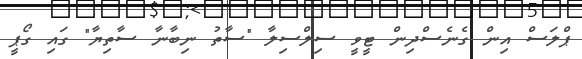
ޕްލަސް އިން ގެނެސްދިން ޓީވީ ސިލްސިލާ "ސާތު ނިބާނާ ސާތިޔާ" ގައި ގޯޕީ